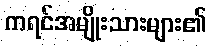
ကရင်အမျိုးသားများ၏